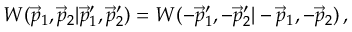
\begin{array} { r } { W ( \vec { p } _ { 1 } , \vec { p } _ { 2 } | \vec { p } _ { 1 } ^ { \prime } , \vec { p } _ { 2 } ^ { \prime } ) = W ( - \vec { p } _ { 1 } ^ { \prime } , - \vec { p } _ { 2 } ^ { \prime } | - \vec { p } _ { 1 } , - \vec { p } _ { 2 } ) \, , } \end{array}